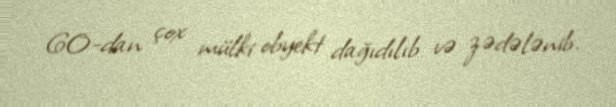
60-dan çox mülki obyekt dağıdılıb və zədələnib.